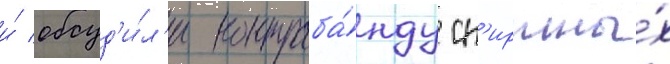
и́ обсуд'и́л'и контраба́нду сп'иртны́х